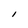
Character: I